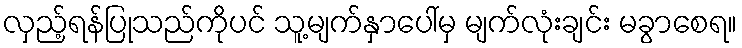
လှည့်ရန်ပြုသည်ကိုပင် သူ့မျက်နှာပေါ်မှ မျက်လုံးချင်း မခွာစေရ။